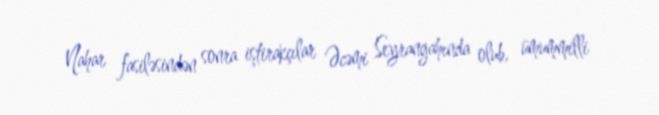
Nahar fasiləsindən sonra iştirakçılar Əcəmi Seyrangahında olub, ümummilli